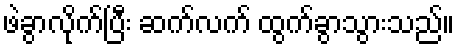
ဖဲခွာလိုက်ပြီး ဆက်လက် ထွက်ခွာသွားသည်။